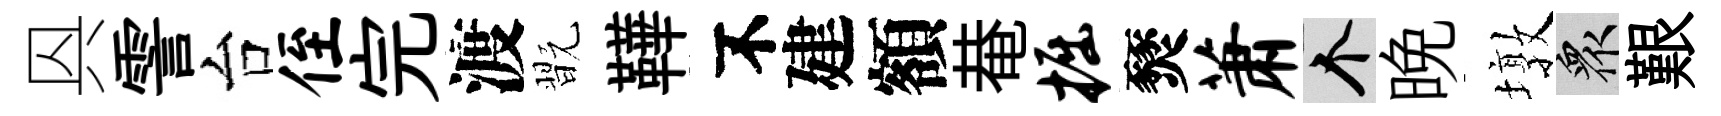
㒷霅台侄完渡翫鞾不建額𤲅掘燹萧个晚墩衆艱